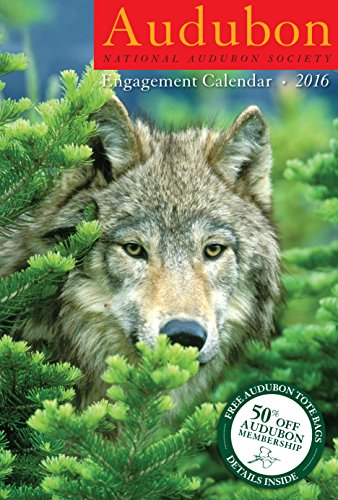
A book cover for Audubon Engagement Calendar 2016; National Audubon Society; Calendars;